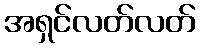
အရှင်လတ်လတ်